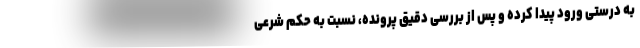
به درستی ورود پیدا کرده و پس از بررسی دقیق پرونده، نسبت به حکم شرعی